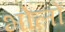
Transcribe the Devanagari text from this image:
भोलों